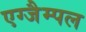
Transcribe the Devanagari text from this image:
एग्जैम्पल